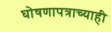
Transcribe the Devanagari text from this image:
घोषणापत्राच्याही